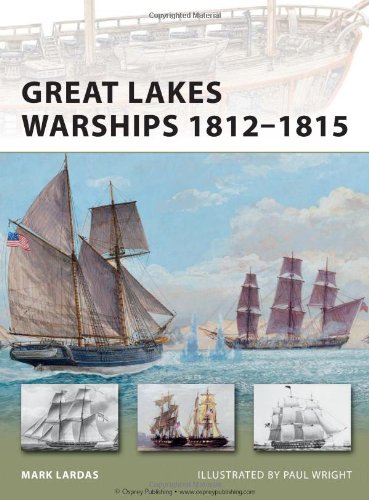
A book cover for Great Lakes Warships 1812-1815 (New Vanguard); Mark Lardas; History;